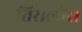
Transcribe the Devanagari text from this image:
तिरालीस